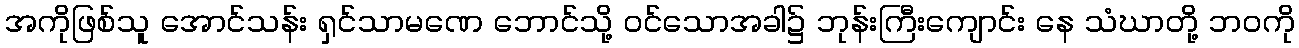
အကိုဖြစ်သူ အောင်သန်း ရှင်သာမဏေ ဘောင်သို့ ဝင်သောအခါ၌ ဘုန်းကြီးကျောင်း နေ သံဃာတို့ ဘဝကို